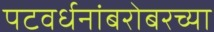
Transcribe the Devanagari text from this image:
पटवर्धनांबरोबरच्या